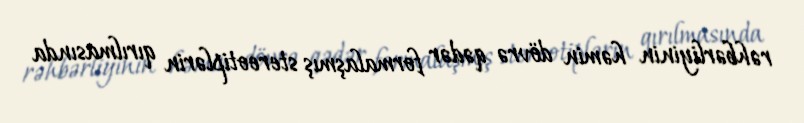
rəhbərliyinin həmin dövrə qədər formalaşmış stereo­tiplərin qırılmasında